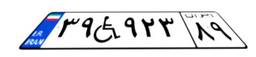
۳۹W۹۲۳۸۹